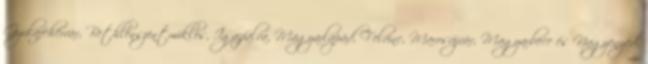
Gyulafehérvár, Bethlenszentmiklós, Igazfalva, Magyarlapád, Felvinc, Marosújvár, Magyarbece és Nagyenyed.